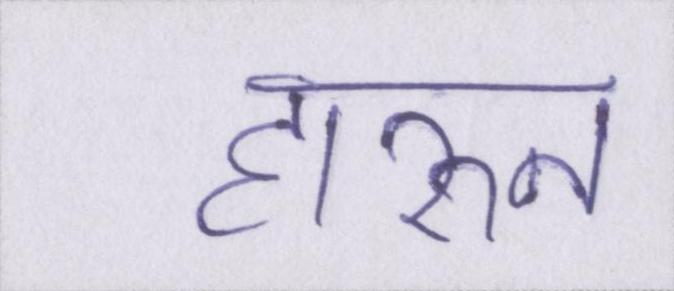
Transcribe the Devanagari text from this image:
हारुन